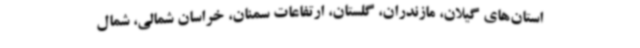
استان‌های گیلان، مازندران، گلستان، ارتفاعات سمنان، خراسان شمالی، شمال